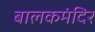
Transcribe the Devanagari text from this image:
बालकमंदिर